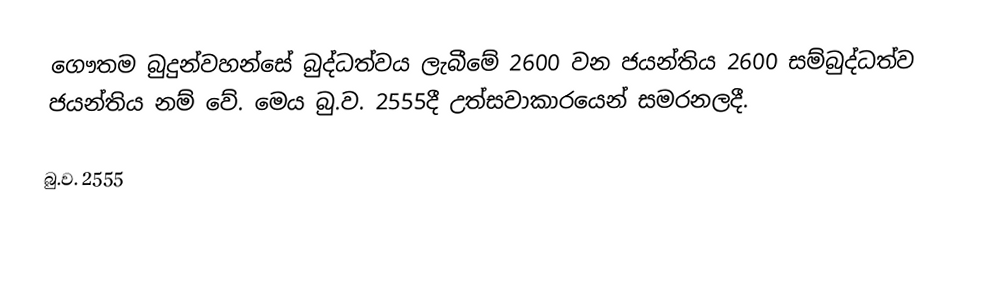
ගෞතම බුදුන්වහන්සේ බුද්ධත්වය ලැබීමේ 2600 වන ජයන්තිය 2600 සම්බුද්ධත්ව  ජයන්තිය නම් වේ. මෙය බු.ව. 2555දී උත්සවාකාරයෙන් සමරනලදී.

බු.ව. 2555